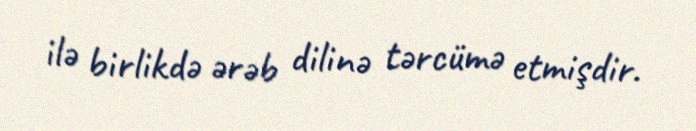
ilə birlikdə ərəb dilinə tərcümə etmişdir.